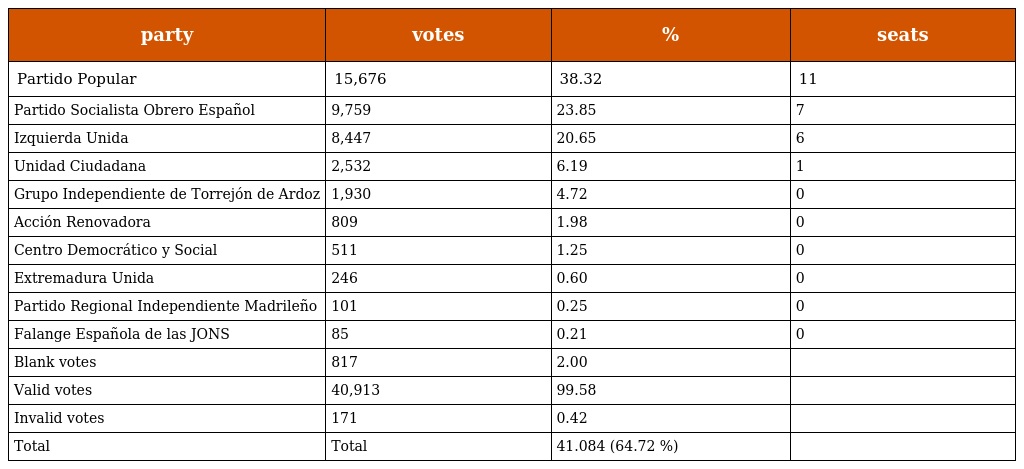
| party | votes | % | seats |
 | --- | --- | --- | --- |
 | Partido Popular | 15,676 | 38.32 | 11 |
 | Partido Socialista Obrero Español | 9,759 | 23.85 | 7 |
 | Izquierda Unida | 8,447 | 20.65 | 6 |
 | Unidad Ciudadana | 2,532 | 6.19 | 1 |
 | Grupo Independiente de Torrejón de Ardoz | 1,930 | 4.72 | 0 |
 | Acción Renovadora | 809 | 1.98 | 0 |
 | Centro Democrático y Social | 511 | 1.25 | 0 |
 | Extremadura Unida | 246 | 0.60 | 0 |
 | Partido Regional Independiente Madrileño | 101 | 0.25 | 0 |
 | Falange Española de las JONS | 85 | 0.21 | 0 |
 | Blank votes | 817 | 2.00 |  |
 | Valid votes | 40,913 | 99.58 |  |
 | Invalid votes | 171 | 0.42 |  |
 | Total | Total | 41.084 (64.72 %) |  |